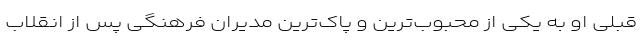
قبلی او به یکی از محبوب‌ترین و پاک‌ترین مدیران فرهنگی پس از انقلاب